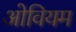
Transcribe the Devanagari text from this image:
ओवियम